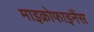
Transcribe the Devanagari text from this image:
माइक्रोफाइनैंस